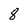
Character: 8